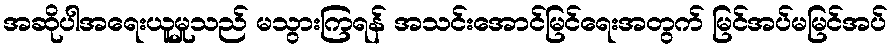
အဆိုပါအရေးယူမှုသည် မသွားကြရန် အသင်းအောင်မြင်ရေးအတွက် မြင်အပ်မမြင်အပ်